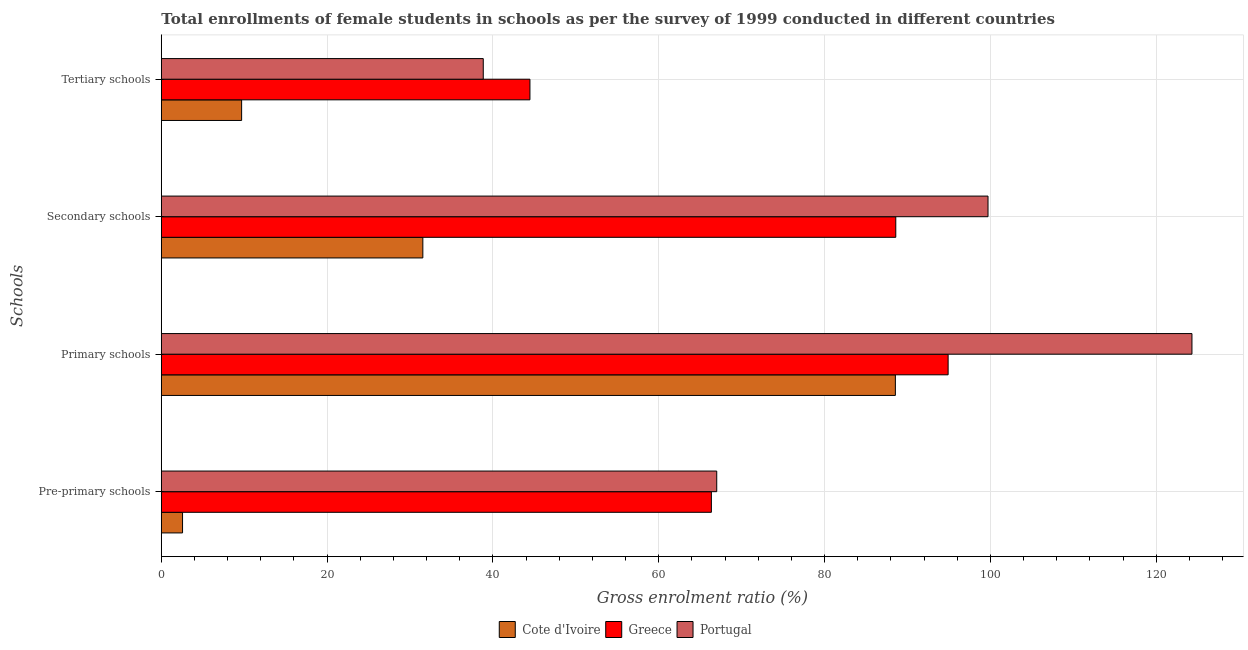
| Schools | Cote d'Ivoire | Greece | Portugal |
 | --- | --- | --- | --- |
 | Pre-primary schools | 2.56 | 66.3 | 67 |
 | Primary schools | 88.5 | 94.9 | 124 |
 | Secondary schools | 31.5 | 88.6 | 99.7 |
 | Tertiary schools | 9.69 | 44.5 | 38.8 |